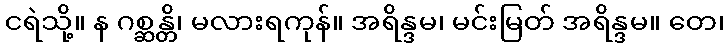
ငရဲသို့။ န ဂစ္ဆန္တိ၊ မလားရကုန်။ အရိန္ဒမ၊ မင်းမြတ် အရိန္ဒမ။ တေ၊